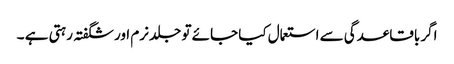
اگر باقاعدگی سے استعمال کیا جائے تو جلد نرم اور شگفتہ رہتی ہے ۔